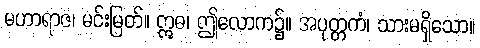
မဟာရာဇ၊ မင်းမြတ်။ ဣဓ၊ ဤလောက၌။ အပုတ္တကံ၊ သားမရှိသော။